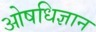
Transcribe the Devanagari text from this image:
ओषधिज्ञान